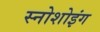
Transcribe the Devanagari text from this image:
स्नोशोइंग